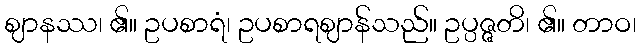
ဈာနဿ၊ ၏။ ဥပစာရံ၊ ဥပစာရဈာန်သည်။ ဥပ္ပဇ္ဇတိ၊ ၏။ တာဝ၊